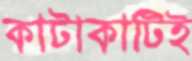
কাটাকাটিই